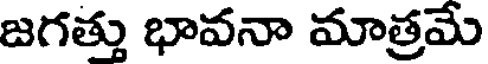
జగత్తు భావనా మాత్రమే